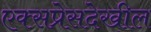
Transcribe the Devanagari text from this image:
एक्सप्रेसदेखील